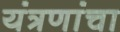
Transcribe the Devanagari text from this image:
यंत्रणांचा